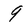
Character: 9